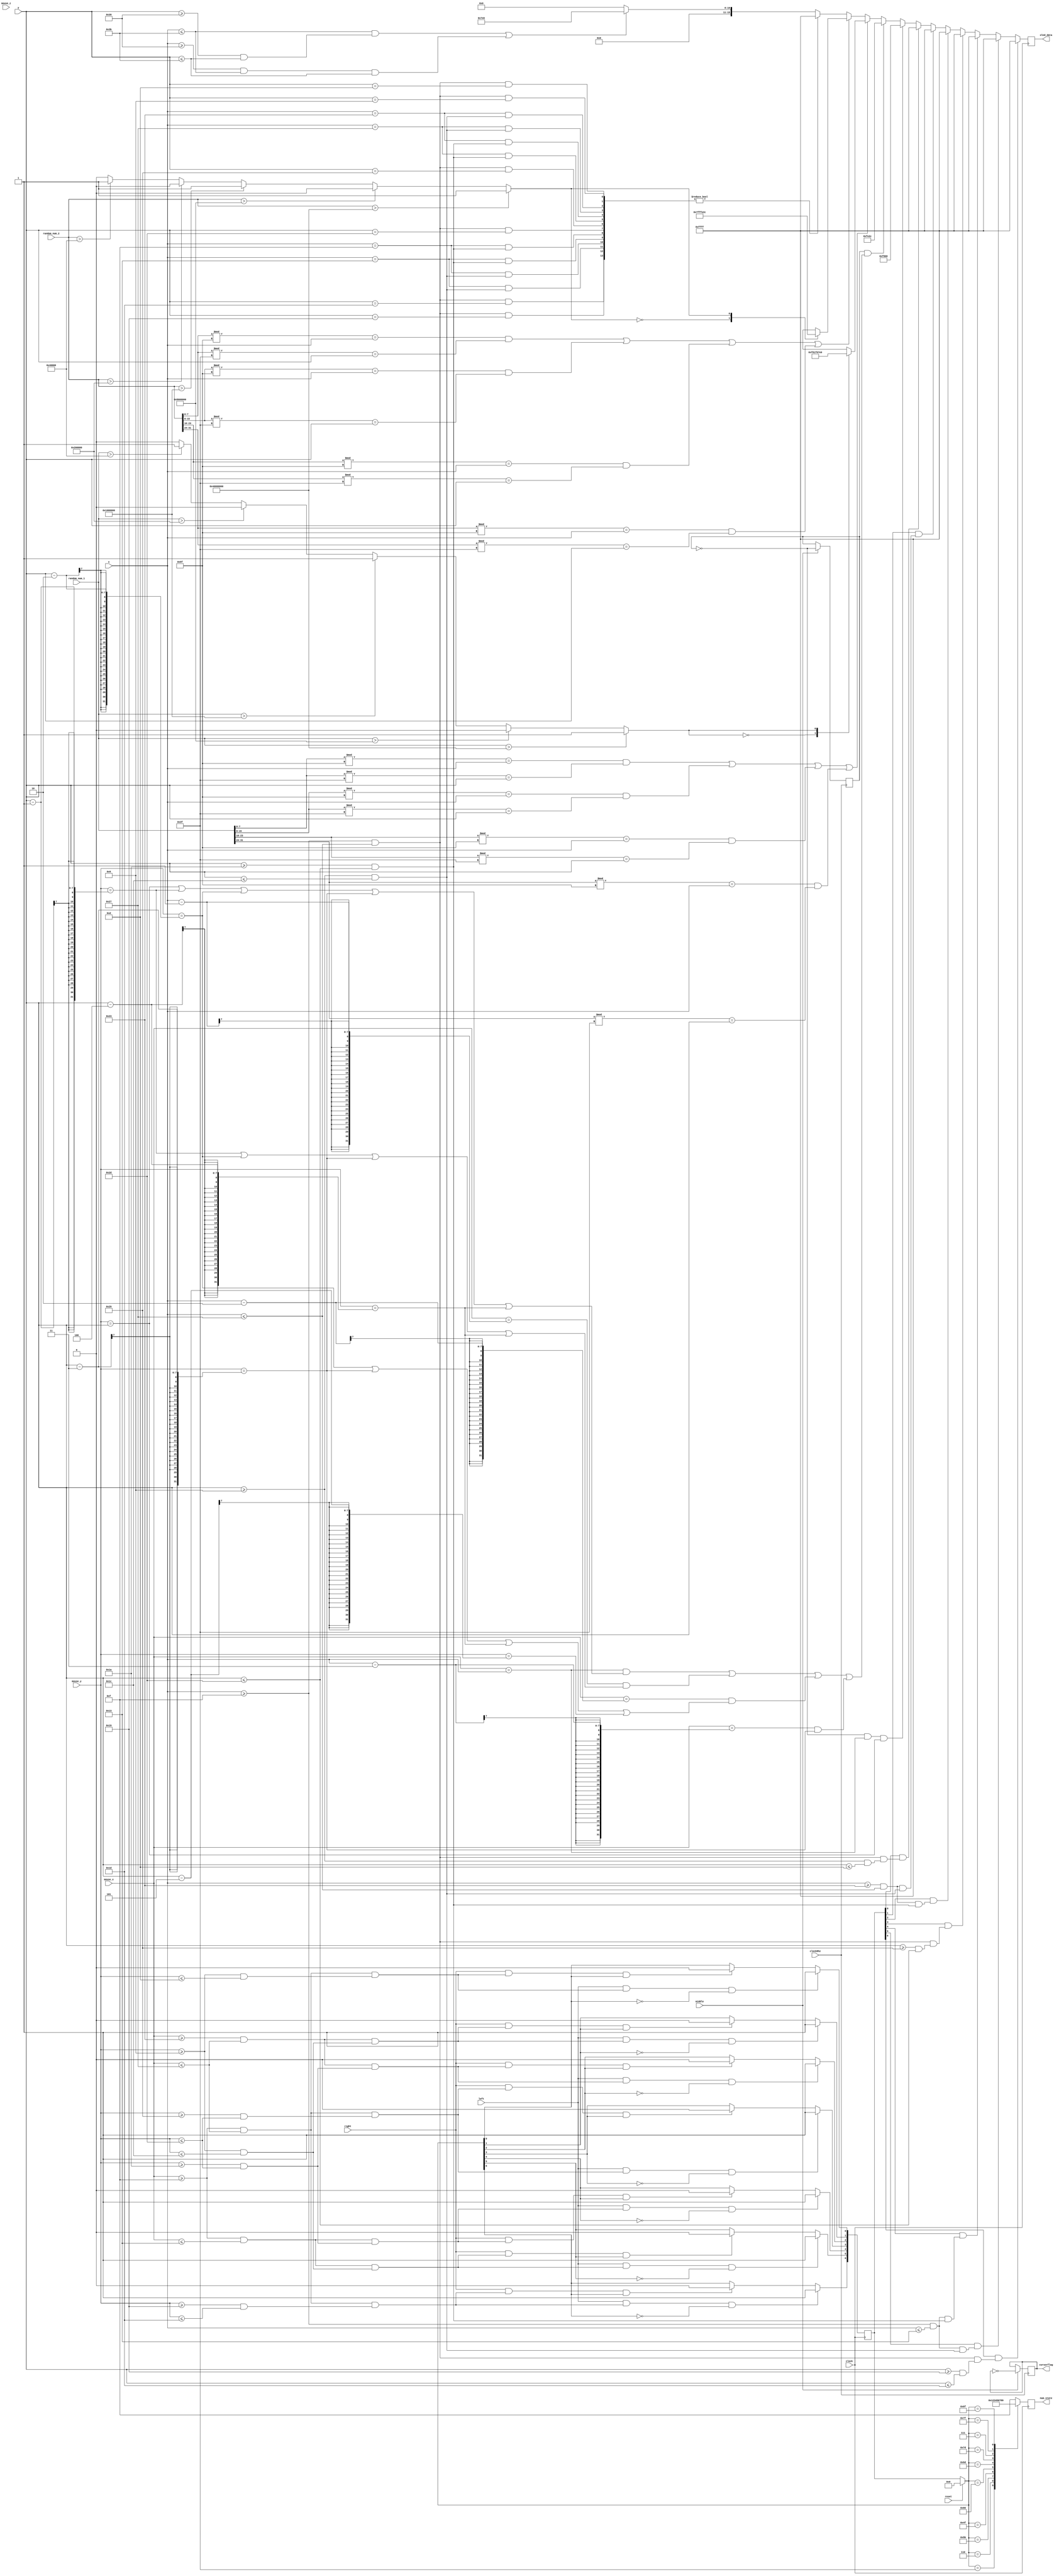
`timescale 1ns / 1ps

`define YELLOW 16'hFE2C
`define RED 16'hF800
`define WHITE 16'hFFFF
`define GREEN 16'h07E0
`define BLACK 16'h0000
`define CYAN 16'h07FF
`define MAGENTA 16'hF81F
`define BLUE 16'h001F
`define PINK 16'hFD34
`define YELLOWOCHRE 16'hFD8F
`define MILDRED 16'hF32C
`define NAVYBLUE 16'h2107
`define BROWN 16'hD510
`define BIEGE 16'hFF5B
`define PALEBLUE 16'h867F

module grp_oled(
    input clock,
    input clock8hz,
    input [31:0] random_num_1,
    input [31:0] random_num_2,
    input [6:0] x, y,
    input reset,
    input [11:0] mouse_x, mouse_y,
    input [3:0] mouse_z,
    input left, middle, right,
    output reg [15:0] oled_data,
    output reg [3:0] num_state = 4'b1111,
    output reg cursorflag = 0
    );
    reg [1:0] color; // white, green, red, black
    integer i; // used in for loops
    integer random_x_1, random_y_1, random_x_2, random_y_2, random_x_3, random_y_3, random_x_4, random_y_4, 
            random_x_5, random_y_5, random_x_6, random_y_6, random_x_7, random_y_7, random_x_8, random_y_8; //random numbers used for mouse game
            
    reg color_mode_1, color_mode_2 = 0; //used to decide what color to show randomly
    
    always@(random_num_1) begin
        random_x_1 = random_num_1 [7:0] % 95; //modulo to keep value within display range 
        random_y_1 = random_num_1 [7:0] % 63;
        random_x_2 = random_num_1 [15:8] % 95;  
        random_y_2 = random_num_1 [15:8] % 63;
        random_x_3 = random_num_1 [23:16] % 95;  
        random_y_3 = random_num_1 [23:16] % 63;
        random_x_4 = random_num_1 [31:24] % 95;  
        random_y_4 = random_num_1 [31:24] % 63;
        
        if(random_num_1 > 1073741824)
            color_mode_1 = 5;
        else if(random_num_1 > 134217728)
            color_mode_1 = 4;
        else if(random_num_1 > 16777216)
            color_mode_1 = 3;
        else if(random_num_1 > 2097152)
            color_mode_1 = 2;
        else if(random_num_1 > 262144)
            color_mode_1 = 1;
        else
            color_mode_1 = 0;
    end
    
    always@(random_num_2) begin
        random_x_5 = random_num_2 [7:0] % 95; //modulo to keep value within display range 
        random_y_5 = random_num_2 [7:0] % 63;
        random_x_6 = random_num_2 [15:8] % 95;  
        random_y_6 = random_num_2 [15:8] % 63;
        random_x_7 = random_num_2 [23:16] % 95;  
        random_y_7 = random_num_2 [23:16] % 63;
        random_x_8 = random_num_2 [31:24] % 95;  
        random_y_8 = random_num_2 [31:24] % 63;
        
        if(random_num_2 > 1073741824)
            color_mode_2 = 5;
        else if(random_num_2 > 134217728)
            color_mode_2 = 4;
        else if(random_num_2 > 16777216)
            color_mode_2 = 3;
        else if(random_num_2 > 2097152)
            color_mode_2 = 2;
        else if(random_num_2 > 262144)
            color_mode_2 = 1;
        else
            color_mode_2 = 0;
    end
    
    
    // Green Lines
    // sw[8] controls display of green lines
    wire border1, border2, border;
    assign border1 = ((x <= 59) && (y >= 57 && y <= 59));
    assign border2 = ((x >= 57 && x <= 59) && (y <= 59));
    assign border = border1 || border2;

    // We simulate a 7-segment display
    wire [6:0] oled_seg;

    assign oled_seg[0] = (x >= 15 && x <= 39) && (y >= 9 && y <= 13);
    assign oled_seg[1] = (x >= 35 && x <= 39) && (y >= 9 && y <= 28);
    assign oled_seg[2] = (x >= 35 && x <= 39) && (y >= 26 && y <= 45);
    assign oled_seg[3] = (x >= 15 && x <= 39) && (y >= 41 && y <= 45);
    assign oled_seg[4] = (x >= 15 && x <= 19) && (y >= 26 && y <= 45);
    assign oled_seg[5] = (x >= 15 && x <= 19) && (y >= 9 && y <= 28);
    assign oled_seg[6] = (x >= 15 && x <= 39) && (y >= 25 && y <= 29);
    
    wire [6:0] mouse_seg;
    
    assign mouse_seg[0] = (mouse_x >= 15 && mouse_x <= 39) && (mouse_y >= 9 && mouse_y <= 13);
    assign mouse_seg[1] = (mouse_x >= 35 && mouse_x <= 39) && (mouse_y >= 9 && mouse_y <= 28);
    assign mouse_seg[2] = (mouse_x >= 35 && mouse_x <= 39) && (mouse_y >= 26 && mouse_y <= 45);
    assign mouse_seg[3] = (mouse_x >= 15 && mouse_x <= 39) && (mouse_y >= 41 && mouse_y <= 45);
    assign mouse_seg[4] = (mouse_x >= 15 && mouse_x <= 19) && (mouse_y >= 26 && mouse_y <= 45);
    assign mouse_seg[5] = (mouse_x >= 15 && mouse_x <= 19) && (mouse_y >= 9 && mouse_y <= 28);
    assign mouse_seg[6] = (mouse_x >= 15 && mouse_x <= 39) && (mouse_y >= 25 && mouse_y <= 29);

    wire [9:0] num;

    assign num[0] = oled_seg[0] || oled_seg[1] || oled_seg[2] || oled_seg[3] || oled_seg[4] || oled_seg[5];
    assign num[1] = oled_seg[1] || oled_seg[2];
    assign num[2] = oled_seg[0] || oled_seg[1] || oled_seg[3] || oled_seg[4] || oled_seg[6];
    assign num[3] = oled_seg[0] || oled_seg[1] || oled_seg[2] || oled_seg[3] || oled_seg[6];
    assign num[4] = oled_seg[1] || oled_seg[2] || oled_seg[5] || oled_seg[6];
    assign num[5] = oled_seg[0] || oled_seg[2] || oled_seg[3] || oled_seg[5] || oled_seg[6];
    assign num[6] = oled_seg[0] || oled_seg[2] || oled_seg[3] || oled_seg[4] || oled_seg[5] || oled_seg[6];
    assign num[7] = oled_seg[0] || oled_seg[1] || oled_seg[2];
    assign num[8] = oled_seg[0] || oled_seg[1] || oled_seg[2] || oled_seg[3] || oled_seg[4] || oled_seg[5] || oled_seg[6];
    assign num[9] = oled_seg[0] || oled_seg[1] || oled_seg[2] || oled_seg[3] || oled_seg[5] || oled_seg[6];

    // 7-segment border
    wire [13:0] seg_border; // goes from top to bottom or left to right

    assign seg_border[0] = (x >= 15 && x <= 39) && (y == 9);
    assign seg_border[1] = (x >= 15 && x <= 39) && (y == 13);
    assign seg_border[2] = (x == 35) && (y >= 9 && y <= 28);
    assign seg_border[3] = (x == 39) && (y >= 9 && y <= 28);
    assign seg_border[4] = (x == 35) && (y >= 26 && y <= 45);
    assign seg_border[5] = (x == 39) && (y >= 26 && y <= 45);
    assign seg_border[6] = (x >= 15 && x <= 39) && (y == 41);
    assign seg_border[7] = (x >= 15 && x <= 39) && (y == 45);
    assign seg_border[8] = (x == 15) && (y >= 26 && y <= 45);
    assign seg_border[9] = (x == 19) && (y >= 26 && y <= 45);
    assign seg_border[10] = (x == 15) && (y >= 9 && y <= 28);
    assign seg_border[11] = (x == 19) && (y >= 9 && y <= 28);
    assign seg_border[12] = (x >= 15 && x <= 39) && (y == 25);
    assign seg_border[13] = (x >= 15 && x <= 39) && (y == 29);

    // seg_state stores which segments are on
    reg [6:0] seg_state = 7'b0000000;
    // num_state stores number which is displayed on oled
    
    reg change_cursor = 0;
    
    always @ (posedge clock) begin

        if (~change_cursor && mouse_x == x && mouse_y == y)
            oled_data = `RED;
        else if(change_cursor && (((mouse_x == x) && ((mouse_y == y) || (mouse_y == y - 1) || (mouse_y == y - 2) || (mouse_y == y - 3) || (mouse_y == y - 4))) || ((mouse_x == x - 1) && ((mouse_y == y - 1) || (mouse_y == y - 2) || (mouse_y == y - 3) || (mouse_y == y - 4))) || ((mouse_x == x - 2) && ((mouse_y == y - 2) || (mouse_y == y - 3) || (mouse_y == y - 4) || (mouse_y == y - 5))) || ((mouse_x == x-3) && (mouse_y == y - 3))))
            oled_data = `YELLOW;
        else if((random_x_1 == x && random_y_1 == y) || (random_x_2 == x && random_y_2 == y) || (random_x_3 == x && random_y_3 == y) ||(random_x_4 == x && random_y_4 == y)) 
            begin
                case(color_mode_1)
                0: oled_data = `MAGENTA;
                1: oled_data = `GREEN;
                2: oled_data = `BLUE;
                3: oled_data = `YELLOW;
                4: oled_data = `RED;
                5: oled_data = `CYAN;
                endcase
            end
        else if((random_x_5 == x && random_y_5 == y) || (random_x_6 == x && random_y_6 == y) || (random_x_7 == x && random_y_7 == y) ||(random_x_8 == x && random_y_8 == y))
            begin
                case(color_mode_2)
                0: oled_data = `CYAN;
                1: oled_data = `YELLOW;
                2: oled_data = `BLUE;
                3: oled_data = `GREEN;
                4: oled_data = `RED;
                5: oled_data = `MAGENTA;
                endcase
            end
        else if (seg_border)
            oled_data = `WHITE;
        else if (border)
            oled_data = `GREEN;
        else
            oled_data = `BLACK;

        for (i = 0; i < 7; i = i + 1) begin
            if (seg_state[i] && oled_seg[i])
                oled_data = `WHITE;
        end
        
            
        if(reset)
            seg_state = 7'b0000000;
            
        // num_state outputs 1111 when not a num, the number otherwise
        case (seg_state)
            7'b0111111: num_state = 4'b0000;
            7'b0000110: num_state = 4'b0001;
            7'b1011011: num_state = 4'b0010;
            7'b1001111: num_state = 4'b0011;
            7'b1100110: num_state = 4'b0100;
            7'b1101101: num_state = 4'b0101;
            7'b1111101: num_state = 4'b0110;
            7'b0000111: num_state = 4'b0111;
            7'b1111111: num_state = 4'b1000;
            7'b1101111: num_state = 4'b1001;
            default: num_state = 4'b1111;
        endcase
        
//        case (color)
//            2'b11: oled_data = `WHITE;
//            2'b10: oled_data = `GREEN;
//            2'b01: oled_data = `RED;
//            2'b00: oled_data = `BLACK;
//        endcase
 
    // Check when left/right click within segment to set/clear seg_state
    // Not sure if i can use posedge like this tho
    // if click in segment, set associated seg_state to 1        
    
        if(left && mouse_seg[0] && ~seg_state[0])
            seg_state[0] = 1;
        else if (right && mouse_seg[0] && seg_state[0])
            seg_state[0] = 0;
            
        if(left && mouse_seg[1] && ~seg_state[1])
            seg_state[1] = 1;        
        else if(right && mouse_seg[1] && seg_state[1])
           seg_state[1] = 0;
           
        if(left && mouse_seg[2] && ~seg_state[2])
            seg_state[2] = 1;
        else if(right && mouse_seg[2] && seg_state[2])
           seg_state[2] = 0;
           
        if(left && mouse_seg[3] && ~seg_state[3])
            seg_state[3] = 1;
        else if(right && mouse_seg[3] && seg_state[3])
           seg_state[3] = 0;
           
        if(left && mouse_seg[4] && ~seg_state[4])
            seg_state[4] = 1;
        else if(right && mouse_seg[4] && seg_state[4])
            seg_state[4] = 0;
            
        if(left && mouse_seg[5] && ~seg_state[5])
            seg_state[5] = 1;
        else if(right && mouse_seg[5] && seg_state[5])
               seg_state[5] = 0;        
       
       if(left && mouse_seg[6] && ~seg_state[6])
            seg_state[6] = 1;
        else if(right && mouse_seg[6] && seg_state[6])
           seg_state[6] = 0;
           
    end
    
    // Check when middle click to change cursor
    always @ (posedge clock8hz) begin
        if(middle) begin
            change_cursor = ~change_cursor;
            cursorflag = ~cursorflag;
        end
    end
        
endmodule